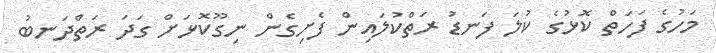
މަހުގެ ފަހަތް ކޮޅުގެ ކުލަ ފަނޑު ރަތްކުލައިން ފެށިގެން ނިގޫކޮޅަށް ގަދަ ރަތްދަނބު